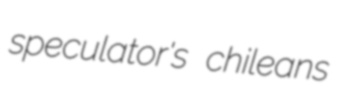
speculator's chileans